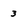
Character: 3